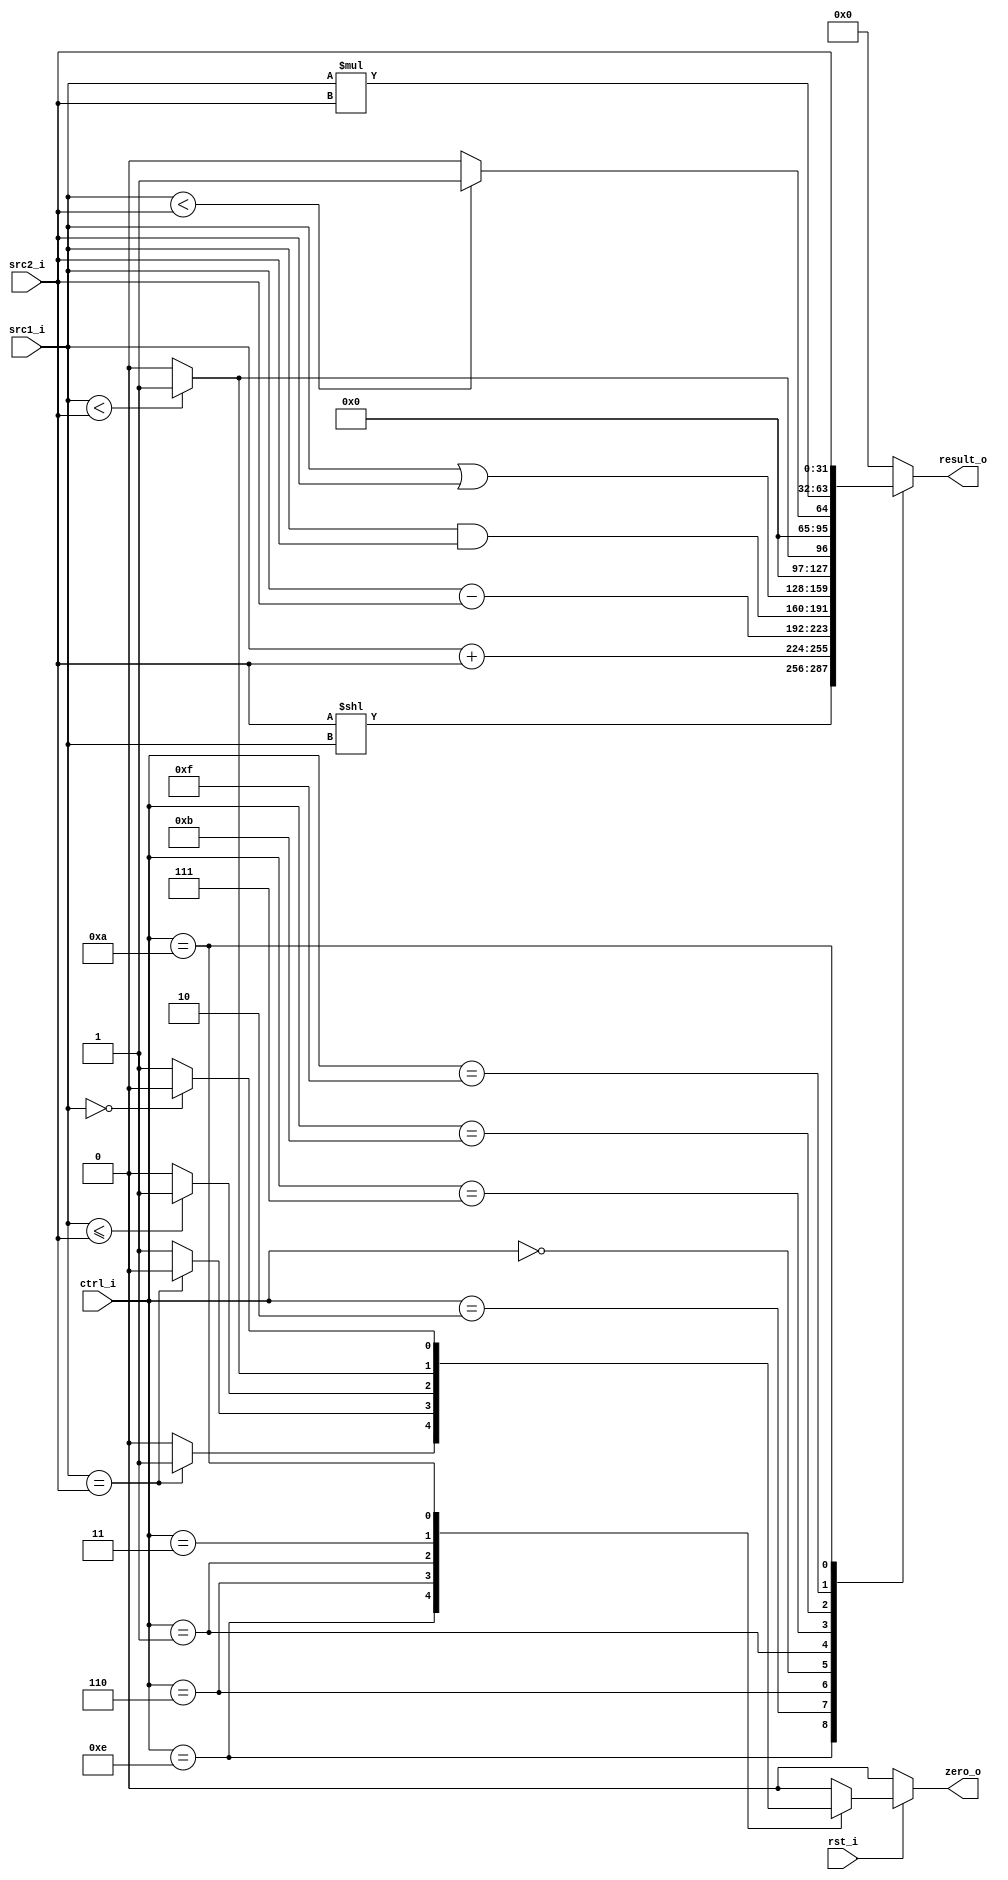
//Subject:     CO project 2 - ALU
//--------------------------------------------------------------------------------
//Version:     1
//--------------------------------------------------------------------------------
//Writer:     0416001  0416225  
//----------------------------------------------
//Date:        
//----------------------------------------------
//Description: 
//--------------------------------------------------------------------------------

module ALU(
	rst_i,
    src1_i,
	src2_i,
	ctrl_i,
	result_o,
	zero_o
	);
     
//I/O ports
input rst_i;
input  [32-1:0]  src1_i;
input  [32-1:0]	 src2_i;
input  [4-1:0]   ctrl_i;

output [32-1:0]	 result_o;
output           zero_o;

//Internal signals
reg    [32-1:0]  result_o;
reg              zero_o;

//Parameter

//Main function
always@(*) begin
	if(rst_i) begin
		case(ctrl_i[3:0])
			4'b1110: zero_o = (src1_i==src2_i)? 1:0;	//beq
			4'b0110: zero_o = (src1_i==src2_i)? 0:1;	//bne
			4'b0001: zero_o = ($signed(src1_i)<=$signed(src2_i))? 1:0;	//ble
			4'b0011: zero_o = ($signed(src1_i) <$signed(src2_i))? 1:0;	//blt
			4'b1010: zero_o = (src1_i==0)? 0:1;			//bnez
			default: zero_o = 0;
		endcase
	end
	else begin
		zero_o=0;
	end
end

always@(ctrl_i or src1_i or src2_i) begin
	//if(rst_i)
		//begin
			case(ctrl_i[3:0])
				4'b1110: result_o = (src2_i)<<(src1_i);
				4'b0010:	 result_o=src1_i + src2_i;
				4'b0110: result_o=src1_i - src2_i;
				4'b0000: begin
					result_o=src1_i & src2_i;
				end
				4'b0001: begin
					result_o=src1_i | src2_i;
				end
				4'b0111: result_o=($signed(src1_i) < $signed(src2_i))? 32'd1 : 32'd0;
				4'b1011: result_o=(src1_i < src2_i)? 32'd1 : 32'd0;
				//4'b0011: result_o=src2_i<<16;
				4'b1111: result_o=src1_i*src2_i;
				4'b1010: result_o=src2_i;
				//4'b1100: result_o=src1_i + src2_i;
				default:  result_o=0;
			endcase
		/*end
	else
		begin
			result_o = 32'b0;
		end*/
end


endmodule